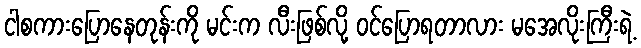
ငါစကားပြောနေတုန်းကို မင်းက လီးဖြစ်လို့ ဝင်ပြောရတာလား မအေလိုးကြီးရဲ့